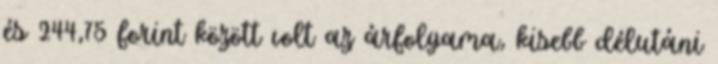
és 244,75 forint között volt az árfolyama, kisebb délutáni